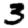
Digit: 3